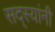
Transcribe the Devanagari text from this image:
सद्स्यांनी